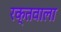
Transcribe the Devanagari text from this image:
रक्तवाला